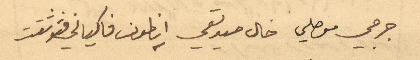
جرجي موصلي خال صديقي انطون فاكياني فتوثقت